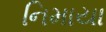
નિમાયા